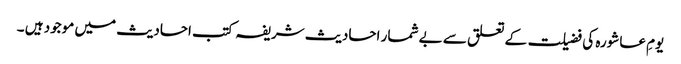
یومِ عاشورہ کی فضیلت کے تعلق سے بے شمار احادیث شریفہ کتب احادیث میں موجود ہیں ۔